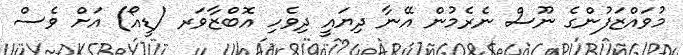
މުވައްޒަފުންގެ ނޫސް ނެރެމުން އޭނާ ދިޔައީ ދިވެހި އޮބްޒާވަރ (ޑީއޯ) އަށް ވެސް